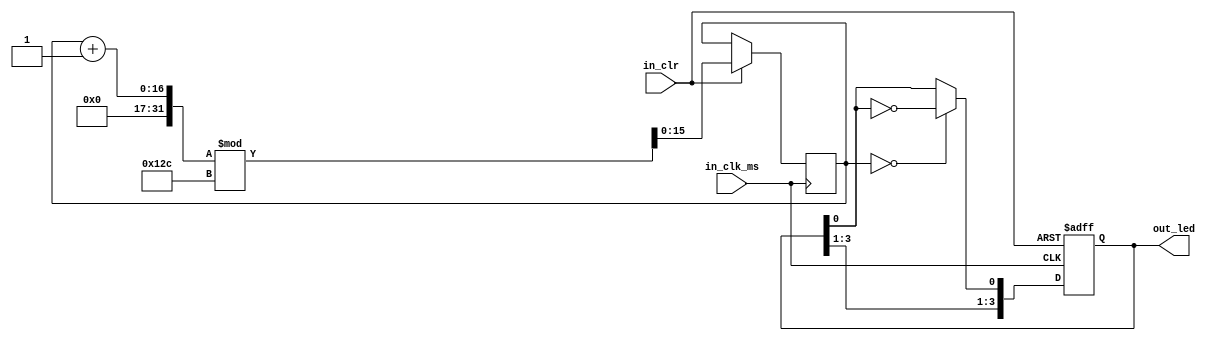
/*******************************(C) COPYRIGHT 2017 Wind*********************************/
/**============================================================================
* @FileName    : App_Led.v
* @Description : Led
* @Date        : 2017/4/16
* @By          : Wind
* @Email       : 1659567673@ qq.com
* @Platform    : Quartus II 15.0 (64-bit) (EP4CE22E22C8)
* @Explain     : Led
*=============================================================================*/ 
/*  ---------------------------*/
module App_Led
( 
	input in_clr     
	,input in_clk_ms     
	
	,output reg [3:0]out_led
);	 

/*  -------------------------*/
//reg [3:0]led = 4'b0110;//LED
reg [15:0]cnt; 

/*  ---------------------------*/
//assign out_led = led;

/*  ---------------------------*/
always @(posedge in_clk_ms or negedge in_clr)
begin   
	if(in_clr == 0) 
	begin
		out_led <= 4'b1010; 
	end
	
	else 
	//if(in_clk_ms)
	begin
        cnt <= (cnt + 1)%300; 
		if(cnt == 0) 
		begin
			out_led[0] <= ~out_led[0]; 
		end  
	end
	
end 
  

endmodule
/*******************************(C) COPYRIGHT 2017 Wind*********************************/